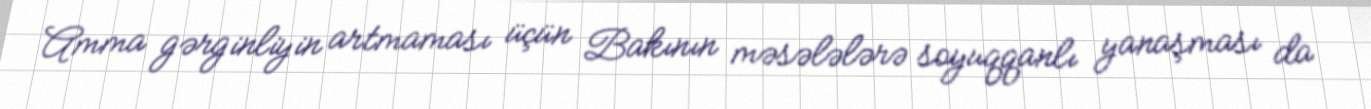
Amma gərginliyin artmaması üçün Bakının məsələlərə soyuqqanlı yanaşması da